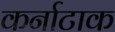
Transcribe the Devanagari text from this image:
कर्नाटाक